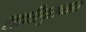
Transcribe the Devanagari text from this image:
साक्षीपुराव्यात